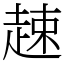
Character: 趚